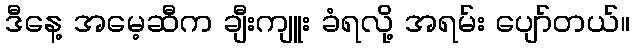
ဒီနေ့ အမေ့ဆီက ချီးကျူး ခံရလို့ အရမ်း ပျော်တယ်။